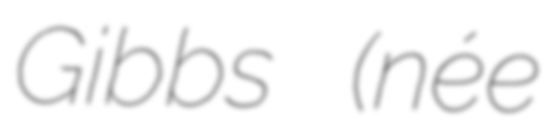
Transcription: Gibbs (née